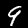
Digit: 9